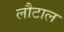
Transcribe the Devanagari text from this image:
लौटाल